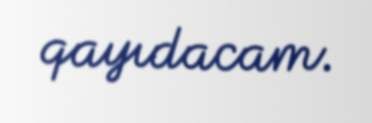
qayıdacam.